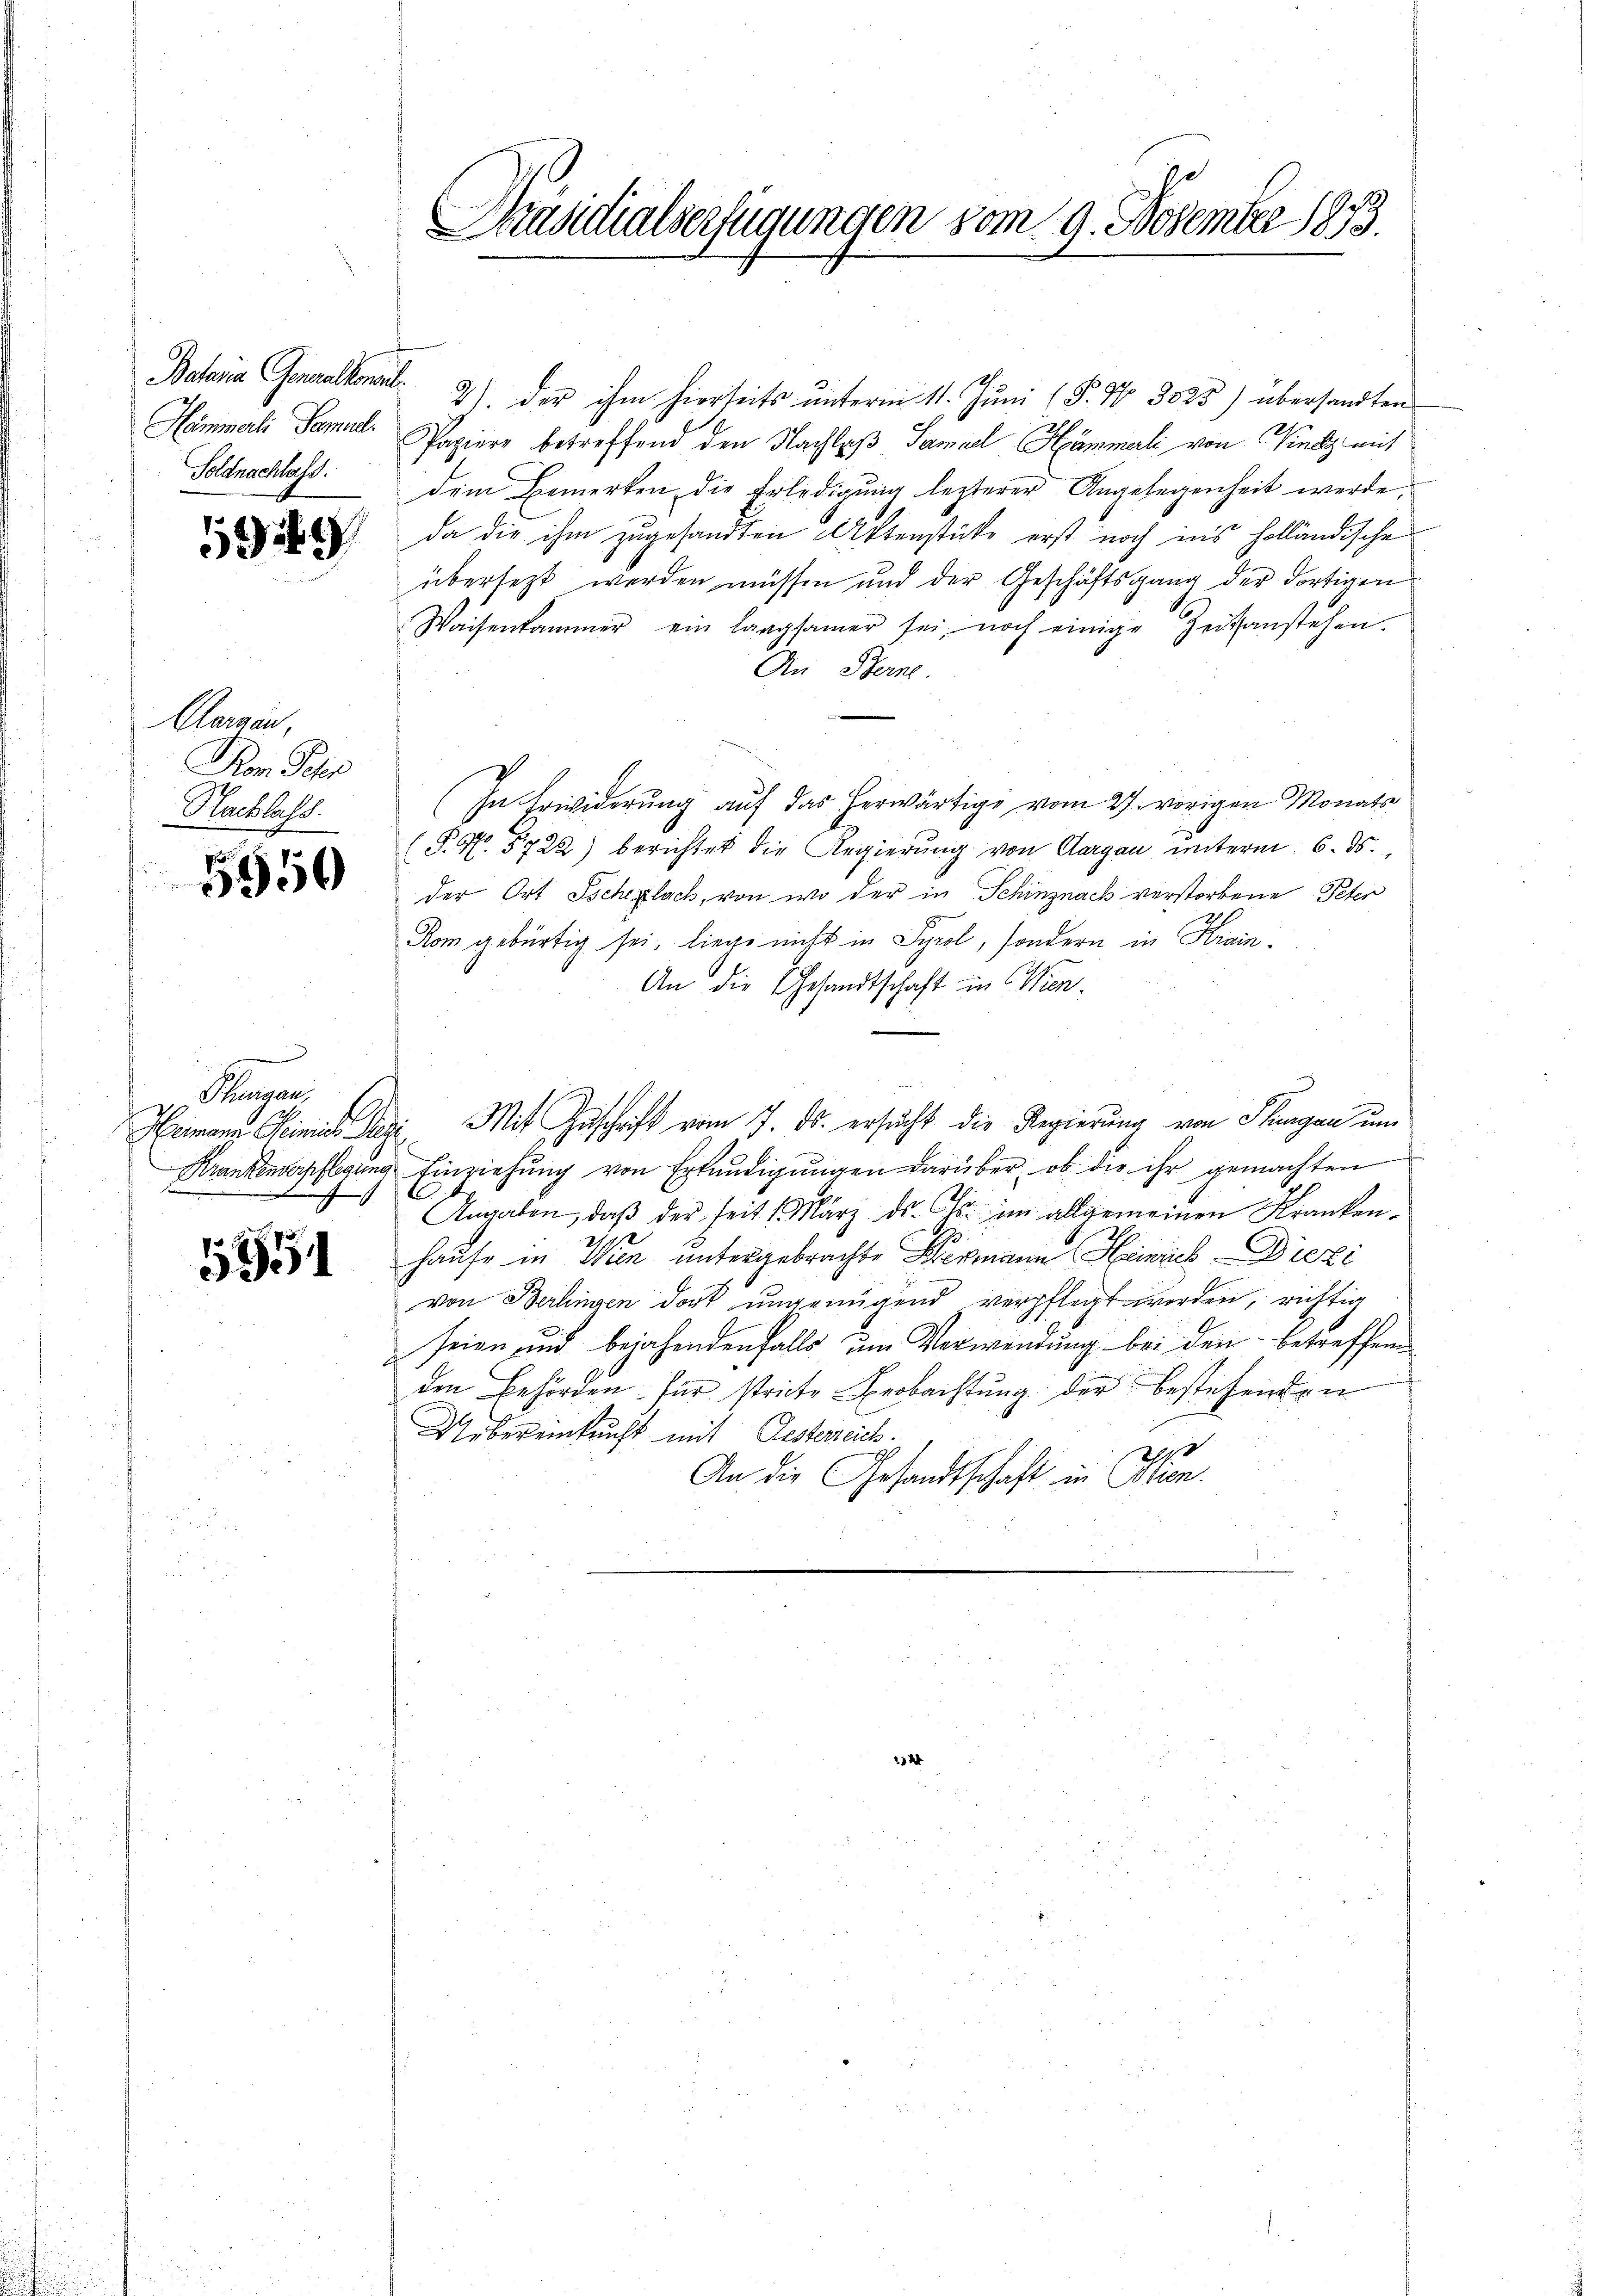
Hammerli Samuel
Soldnachlass

5949

Aargau,
Kom Jahr
Nachlass.

5950

Margar
.
d

5951

Präsidialverfügungen vom 9. November 1873.

Betaria Generalkonnt. 2) der ihm hierseits unterm 11. Juni (P. N. 3025) übersandten
Papiere betreffend den Nachlaβ Samuel Hämmerli von Kind mit
dem Bemerken die Erledigung lezterer Angelegenheit werde,
da die ihm zugesandten Aktenstücke erst noch ins holländische
übersetzt werden müssen und der Geschäftsgang der dortigen
Waisenkammer ein langsamer sei, noch einige Zeitsanstehen.
An Berne.
In Erwiderung auf das herwärtige vom 27. vorigen Monats
(S.N. 5722) berichtet die Regierŭng von Aargau unterm 6. ds.
der Ort Ischenlach, von wo der in Schinznach verstorbene Peter
Rom gebürtig sei, liege nicht in Syrol, sondern in Krain¬
An die Gesandtschaft in Win¬
Hermann Seinig Rez. Mit Zuschrift vom 7. ds. ersucht die Regierung von Thurgau um
Krankenderpflegung Einziehung von Erkundigungen darüber, ob die ihr gemachten
Angaben, daβ der seit 1. März ds. Chr. im allgemeinen Kranken-
Hause in Wien untergebrachte Wermann Heinrich Diezi
von Berlingen dort ungenügend verpflegt worden, richtig
seien und bejahendenfalls um Verwendung bei den betreffen
den Behörden für stricte Beobachtung der bestehenden
Uebereinbrucht mit Gesterreich.
2
An die Gesandtschaft in Copien.